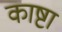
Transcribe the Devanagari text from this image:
काष्टा